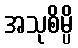
အသုစိမ္ပိ